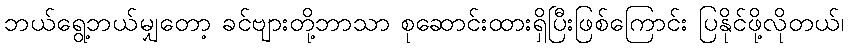
ဘယ်ရွေ့ဘယ်မျှတော့ ခင်ဗျားတို့ဘာသာ စုဆောင်းထားရှိပြီးဖြစ်ကြောင်း ပြနိုင်ဖို့လိုတယ်၊